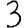
Digit: 3